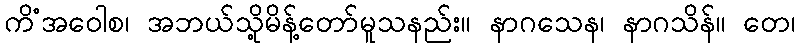
ကိံအဝေါစ၊ အဘယ်သို့မိန့်တော်မူသနည်း။ နာဂသေန၊ နာဂသိန်။ တေ၊